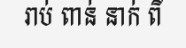
រាប់ ពាន់ នាក់ ពី